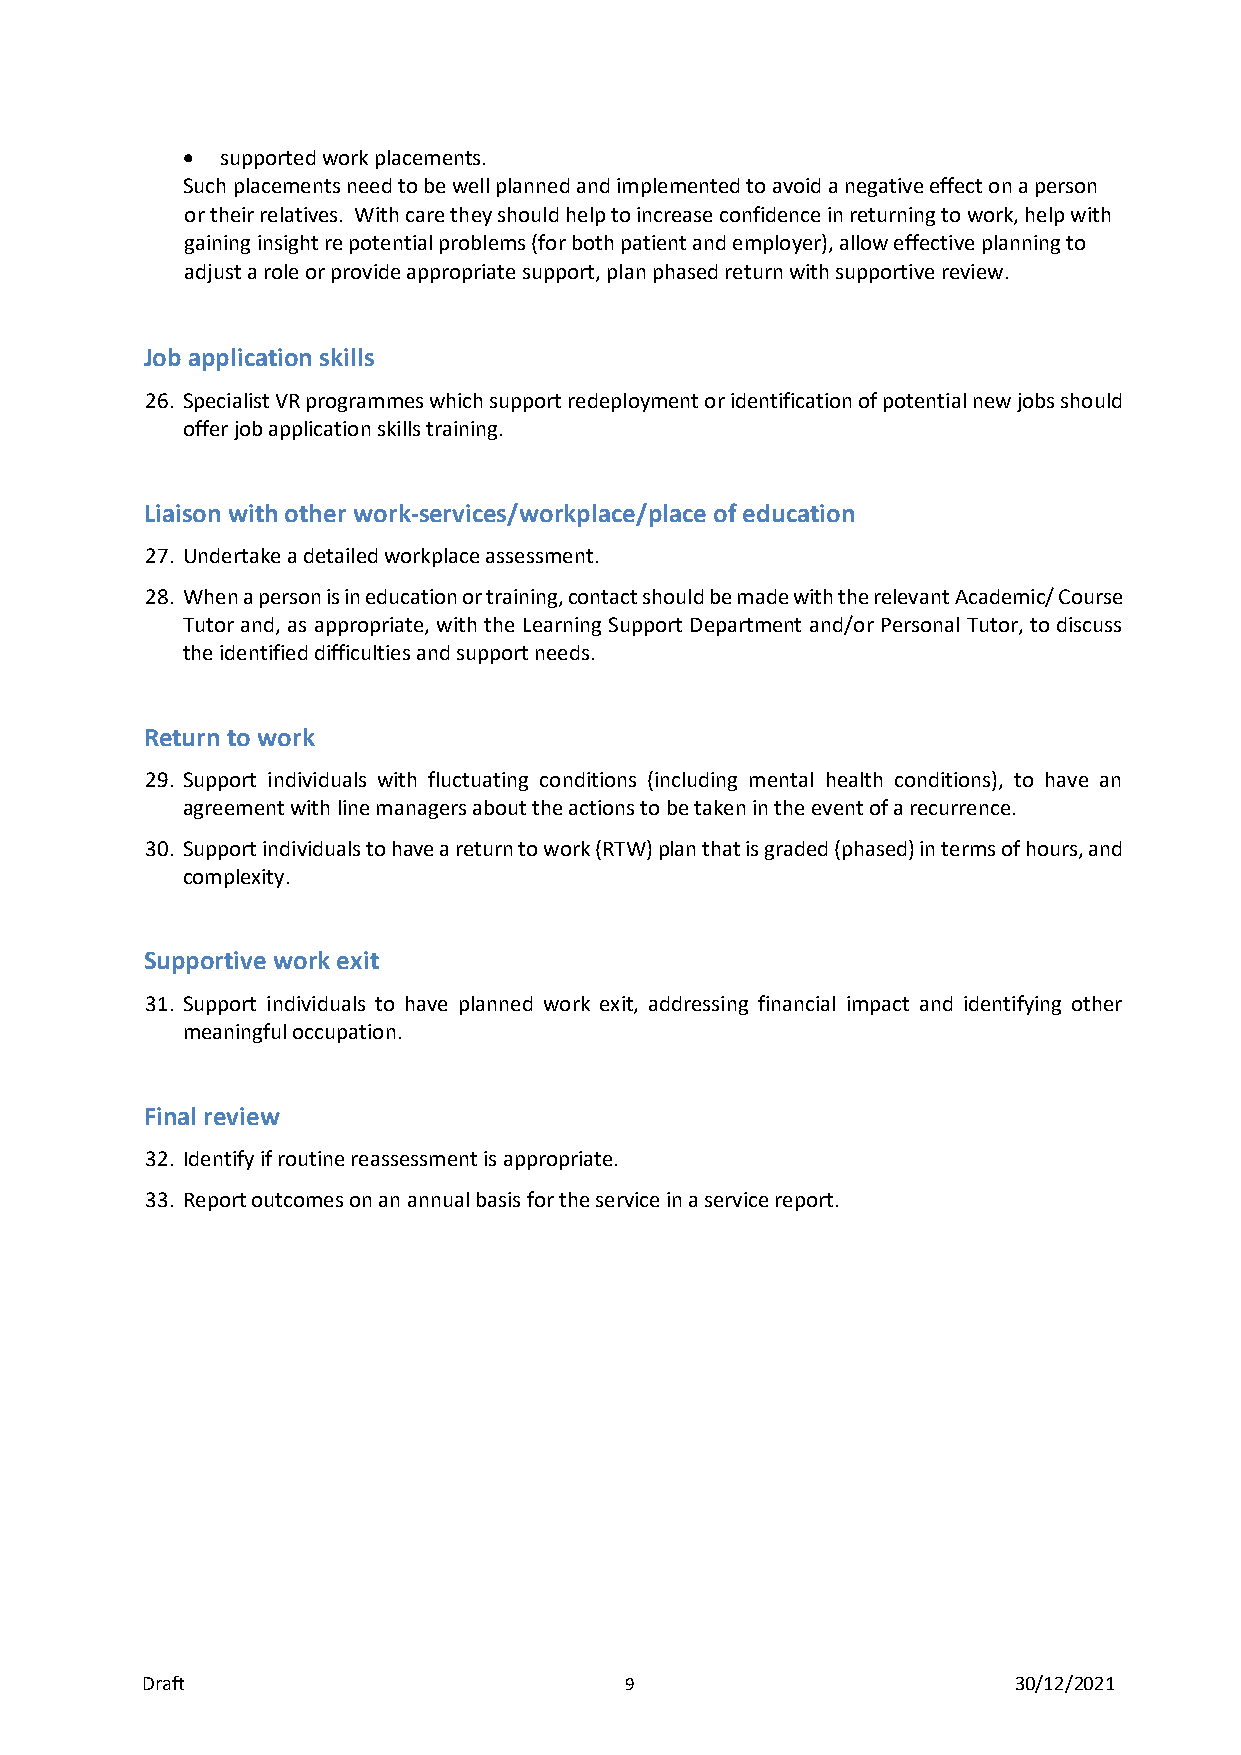
•  supported work placements.
 Such placements need to be well planned and implemented to avoid a negative effect on a person
 or their relatives. With care they should help to increase confidence in returning to work, help with
 gaining insight re potential problems (for both patient and employer), allow effective planning to
 adjust a role or provide appropriate support, plan phased return with supportive review.
 Job application skills
 26. Specialist VR programmes which support redeployment or identification of potential new jobs should
 offer job application skills training.
 Liaison with other work-services/workplace/place of education
 27. Undertake a detailed workplace assessment.
 28. When a person is in education or training, contact should be made with the relevant Academic/ Course
 Tutor and, as appropriate, with the Learning Support Department and/or Personal Tutor, to discuss
 the identified difficulties and support needs.
 Return to work
 29. Support individuals with fluctuating conditions (including mental health conditions), to have an
 agreement with line managers about the actions to be taken in the event of a recurrence.
 30. Support individuals to have a return to work (RTW) plan that is graded (phased) in terms of hours, and
 complexity.
 Supportive work exit
 31. Support individuals to have planned work exit, addressing financial impact and identifying other
 meaningful occupation.
 Final review
 32. Identify if routine reassessment is appropriate.
 33. Report outcomes on an annual basis for the service in a service report.
 Draft                           9                         30/12/2021